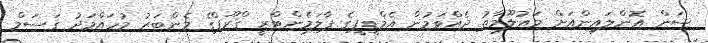
ސަން އޮންލައިންއަށް މައުލޫމާތު ދެއްވަމުން އެމްޑީޕީގެ ޕާލަމެންޓްރީ ގްރޫޕްގެ މެންބަރު މުހައްމަދު ގަސަމް